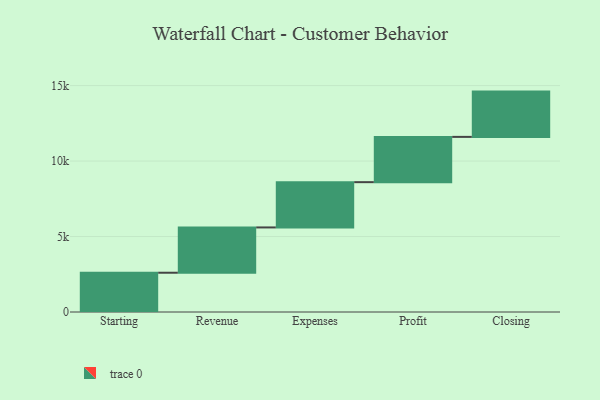
{"axis": {"x": "Step", "y": "Value"}, "legend": [""], "data": [{"x": "Starting", "y": 2602.0, "type": ""}, {"x": "Revenue", "y": 3000, "type": ""}, {"x": "Expenses", "y": 3000, "type": ""}, {"x": "Profit", "y": 3000, "type": ""}, {"x": "Closing", "y": 3000, "type": ""}]}